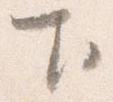
下